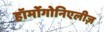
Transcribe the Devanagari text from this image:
हॉर्मोगोनिएलीज़